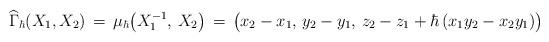
LaTeX: \begin{align*}\widehat\Gamma_\hbar(X_1,X_2) \,=\,\mu_\hbar\!\left(X_1^{-1},\,X_2\right) \,=\,\big(x_2-x_1,\,y_2-y_1,\,z_2 - z_1 + \hbar\,(x_1 y_2 - x_2 y_1)\big)\end{align*}